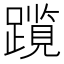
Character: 𫏠